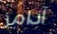
آدامز